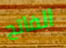
الفاتح